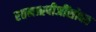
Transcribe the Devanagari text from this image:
रतनऋषीजींसोबत